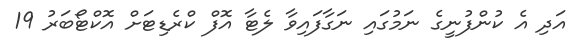
އަދި އެ ކުންފުނީގެ ނަމުގައި ނަގާފައިވާ ލެޓާ އޮފް ކްރެޑިޓަށް އޮކްޓޯބަރު 19